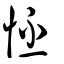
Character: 怌